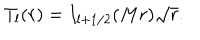
T _ { l } ( r ) = I _ { l + 1 / 2 } ( M r ) \sqrt { r } .